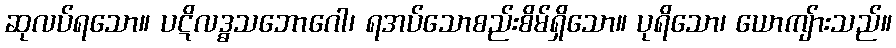
ဆုလပ်ရသော။ ပဋိလဒ္ဓသဘောဂေါ၊ ရအပ်သောစည်းစိမ်ရှိသော။ ပုရိသော၊ ယောကျ်ားသည်။